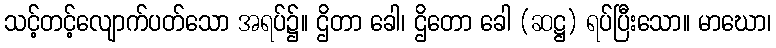
သင့်တင့်လျောက်ပတ်သော အရပ်၌။ ဌိတာ ခေါ၊ ဌိတော ခေါ (ဆဋ္ဌ) ရပ်ပြီးသော။ မာဃော၊